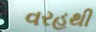
વરહથી